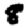
Digit: 8